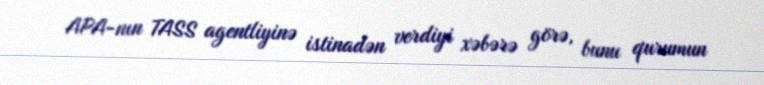
APA-nın TASS agentliyinə istinadən verdiyi xəbərə görə, bunu qurumun